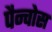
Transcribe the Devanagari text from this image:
पैन्चोस